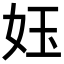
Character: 𡛼